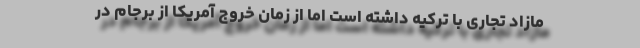
مازاد تجاری با ترکیه داشته است اما از زمان خروج آمریکا از برجام در